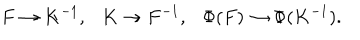
F \to K ^ { - 1 } , \ \ \ K \to F ^ { - 1 } , \ \ \ \Phi ( F ) \to \Phi ( K ^ { - 1 } ) .